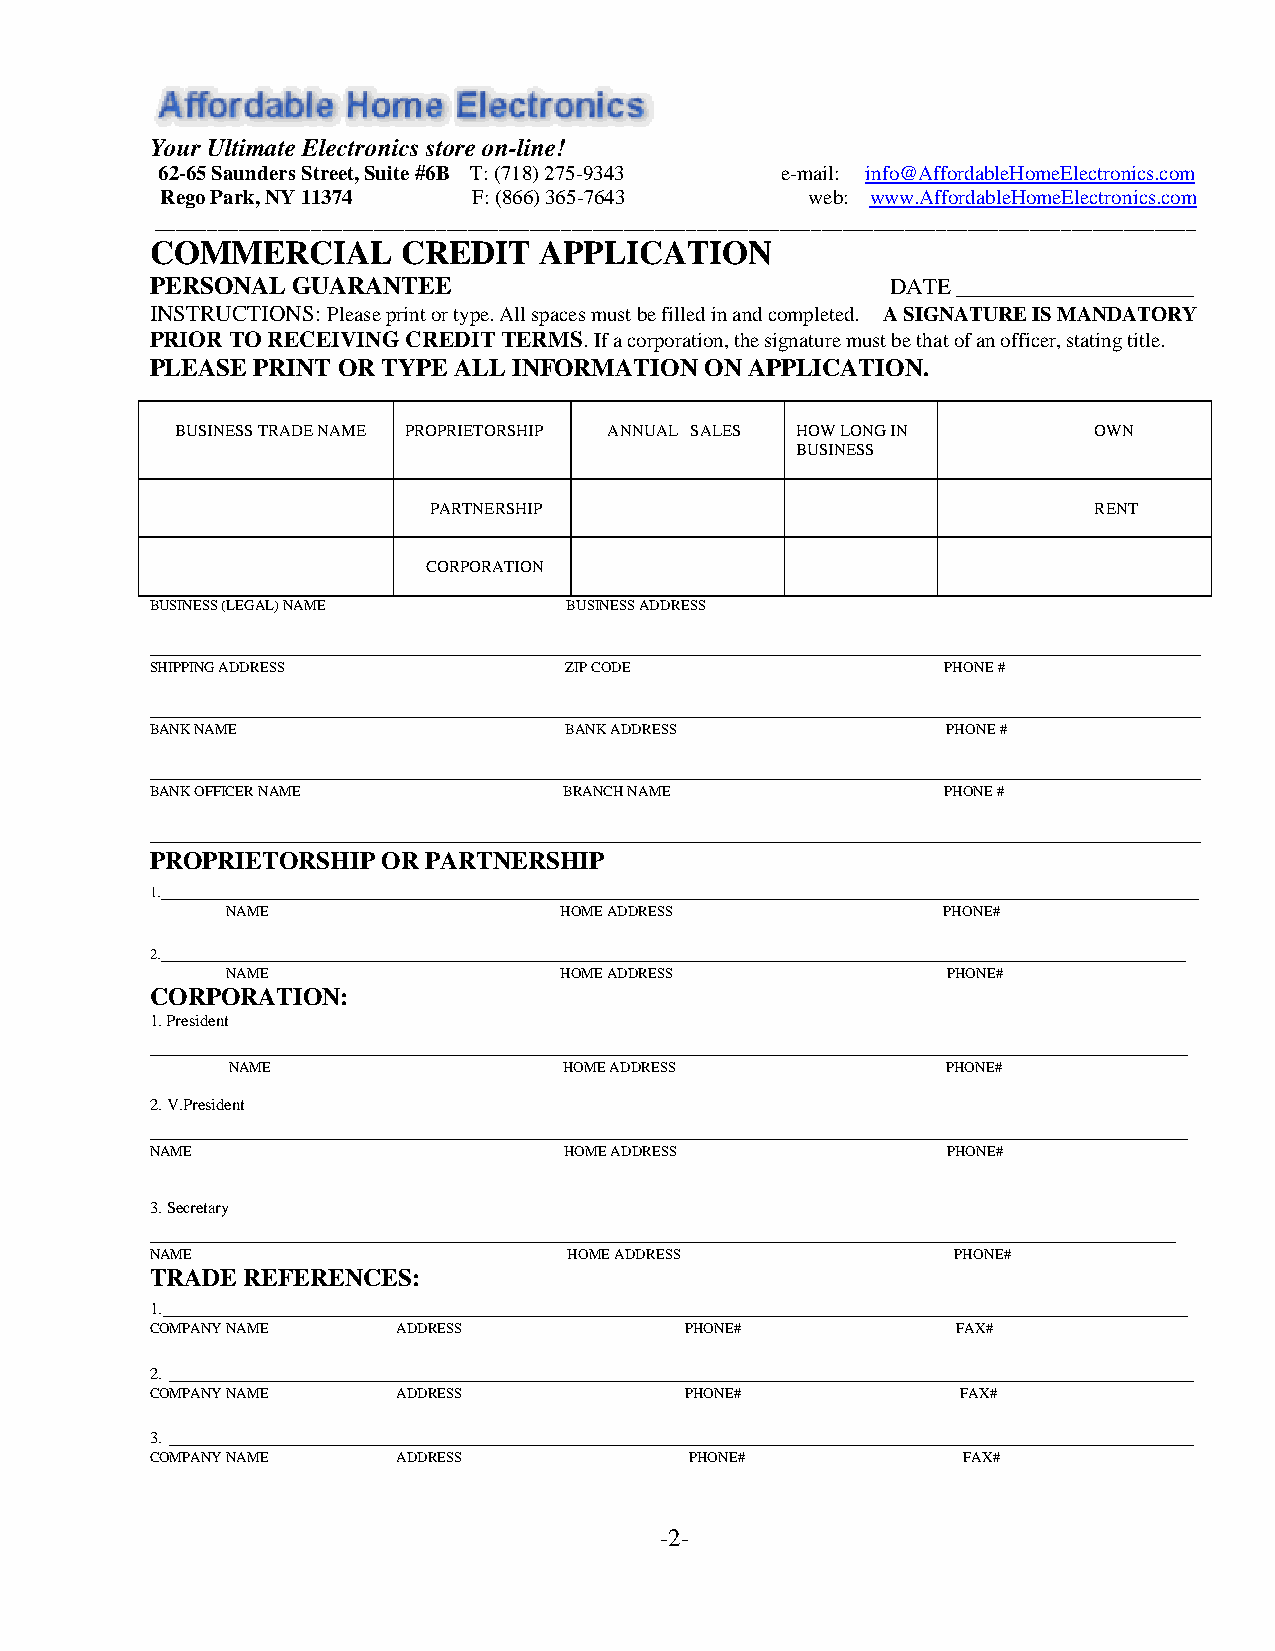
Your Ultimate Electronics store on-line!
 62-65 Saunders Street, Suite #6B T: (718) 275-9343 e-mail: info@AffordableHomeElectronics.com
 Rego Park, NY 11374 F: (866) 365-7643      web: www.AffordableHomeElectronics.com
 ____________________________________________________________________________________________________
 COMMERCIAL       CREDIT   APPLICATION
 PERSONAL GUARANTEE                               DATE ___________________
 INSTRUCTIONS: Please print or type. All spaces must be filled in and completed. A SIGNATURE IS MANDATORY
 PRIOR TO RECEIVING CREDIT TERMS. If a corporation, the signature must be that of an officer, stating title.
 PLEASE PRINT OR TYPE ALL INFORMATION ON APPLICATION.
 BUSINESS TRADE NAME PROPRIETORSHIP ANNUAL SALES HOW LONG IN OWN
 BUSINESS
 PARTNERSHIP                                 RENT
 CORPORATION
 BUSINESS (LEGAL) NAME       BUSINESS ADDRESS
 ____________________________________________________________________________________
 SHIPPING ADDRESS            ZIP CODE                 PHONE #
 ____________________________________________________________________________________
 BANK NAME                  BANK ADDRESS              PHONE #
 ____________________________________________________________________________________
 BANK OFFICER NAME          BRANCH NAME               PHONE #
 ____________________________________________________________________________________
 PROPRIETORSHIP OR PARTNERSHIP
 ___________________________________________________________________________________
 1.
 NAME                  HOME ADDRESS             PHONE#
 __________________________________________________________________________________
 2.
 NAME                  HOME ADDRESS              PHONE#
 CORPORATION:
 1. President
 ___________________________________________________________________________________
 NAME                  HOME ADDRESS              PHONE#
 2. V.President
 ___________________________________________________________________________________
 NAME                       HOME ADDRESS              PHONE#
 3. Secretary
 __________________________________________________________________________________
 NAME                        HOME ADDRESS             PHONE#
 TRADE REFERENCES:
 __________________________________________________________________________________
 1.
 COMPANY NAME    ADDRESS            PHONE#            FAX#
 __________________________________________________________________________________
 2.
 COMPANY NAME    ADDRESS            PHONE#             FAX#
 __________________________________________________________________________________
 3.
 COMPANY NAME    ADDRESS             PHONE#            FAX#
 -2-